Civil Veterinary Department. United Provinces 1923-31 - 1923-1931
Year: 1923
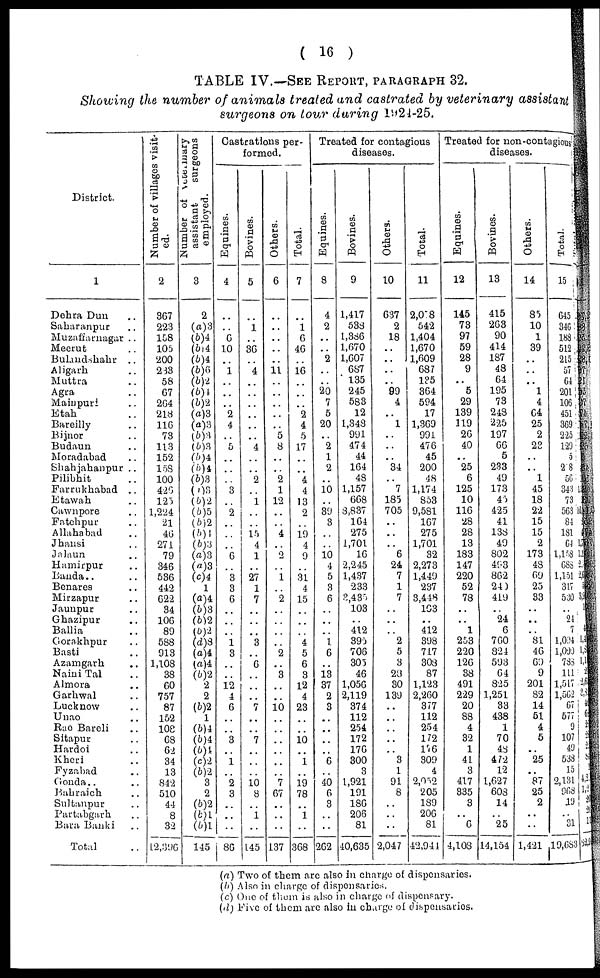
( 16 )
TABLE IV.—SEE REPORT, PARAGRAPH 32.
Showing the number of animals treated and castrated by veterinary assistant
surgeons on tour during 1924-25.
District.
1
Dehra Dun ..
Saharanpur ..
Muzaffarnagar ..
Meerut ..
Bulandshahr ..
Aligarh ..
Muttra ..
Agra
Mainpuri ..
Etah ..
Bareilly ..
Bijnor ..
Budaun ..
Moradabad ..
Shahjahanpur ..
Pilibhit ..
Farrukhabad ..
Etawah ..
Cawnpore ..
Fatehpur ..
Allahabad
Jhansi ..
Jalaun ..
Hamirpur ..
Banda.. ..
Benares ..
Mirzapur ..
Jaunpur ..
Ghazipur ..
Ballia ..
Gorakhpur ..
Basti ..
Azamgarh ..
Naini Tal ..
Almora ..
Garhwal ..
Lucknow ..
Unao ..
Rao Bareli ..
Sitapur ..
Hardoi ..
Kheri ..
Fyzabad ..
Gonda.. ..
Bahraich ..
Sultanpur ..
Partabgarh ..
Bara Banki ..
Total
Number of villages visit-
ed.
2
367
223
158
105
200
233
58
G7
2(34
218
116
73
113
152
15S
100
426
125
1,224
21
46
271
79
346
536
442
622
34
106
89
5S8
913
1,108
38
60
757
87
152
108
68
62
34
13
842
510
44
8
32
12,396
Number of veterinary
assistant
surgeons
employed.
3
2
(a) 3
(b)4
(6)4
(6)4
(b)6
(6)2
(b)4
(6)2
(a)3
(a)3
(b)3
(b)3
(6)4
(6)4
(6)3
(i)3
(6)2
(6)5
(6)2
(b)4
(6)3
(a)3
(a)3
(c)4
1
(a)4
(6)3
(b)2
(b)2
(d)S
(a)4
(a)4
(6)2
2
2
(6)2
1
(6)4
(6)4
(b)4
(c)2
(6)2
3
2
(b)2
(b)1
(6)1
145
Castrations per-
formed.
Equines.
4
..
..
6
10
..
1
..
..
2
4
..
5
..
..
..
3
..
2
..
..
..
6
..
3
3
6
..
..
..
1
3
..
..
12
4
6
..
..
3
..
1
..
2
3
..
..
..
86
Bovines.
5
..
1
..
36
..
4
..
..
..
..
..
..
4
..
..
2
..
1
..
..
15
4
1
..
27
1
7
..
..
..
3
..
6
..
..
..
7
..
..
7
..
..
10
8
..
1
..
L45
Others.
6
..
..
..
..
..
11
..
..
..
..
..
5
8
..
..
2
1
12
..
..
4
..
2
..
1
2
..
..
..
..
2
..
3
..
..
10
..
..
..
..
..
7
67
..
..
..
137
Total.
7
..
1
6
46
..
16
..
..
..
2
4
5
17
..
..
4
4
13
2
..
19
4
9
..
31
4
15
..
..
..
4
5
6
3
12
4
23
..
..
10
..
1
..
19
78
..
1
..
368
Treated for contagious
diseases.
Equines.
8
4
2
..
2
..
..
20
7
5
20
..
2
1
2
..
10
..
39
3
..
..
10 4
5
3
6
..
..
..
1
6
..
13
37
2
3
..
..
..
..
6
..
40
6
3
..
..
262
Bovines.
9
1,417
538
1,386
1,670
1,607
687
135
245
583
12
1,343
991
474
44
164
48
1,157
668
8,837
164
275
1,701
16
2,245
1,437
233
3,435
103
..
412
395
706
305
46
1,056
2,119
374
112
254
172
176
300
3
1,921
191
186
206
81
40,635
Others.
10
637
2
18
..
..
..
..
99
4
.. 1
..
..
34
..
7
185
705
..
..
..
6
24
7
1
7
..
..
..
2
5
3
20
30
139
..
..
..
..
..
3
1
91
8
..
..
..
2,047
Total.
11
2,018
542
1,404
1,670
1,609
687
135
364
594
17
1,369
991
476
45
200
48
1,174
853
9,581
167
275
1,701
32
2,273
1,449
237
3,448
103
..
412
398
717
308
87
1,123
2,260
377
112
254
172
176
309
4
2,052
205
189
206
81
42,941
Treated for non-contagious
diseases.
Equines.
12
145
73
97
59
28
9
..
5
29
139
119
26
40
..
25
6
125
10
116
28
28
13
183
147
220
52
78
..
..
1
253
220
126
38
491
229
20
88
4
32
1
41
3
417
335
3
..
6
4,108
Bovines.
13
415
263
90
414
187
43
64
195
73
243
225
197
66
5
233
49
173
45
425
41
138
49
802
493
862
240
419
..
24
6
760
821
593
64
825
1,251
33
438
1
70
48
472
12
1,627
603
14
..
25
14,154
Others.
14
85
10
1
39
..
..
..
1
4
64
25
2
23
..
..
1
45
18
22
15
15
2
173
48
69
25
33
..
..
..
81
46
69
9
201
82
14
51
4
5
..
25
..
87
25
2
..
..
1,421
Total.
15
645
346
188
512
215
57
64
201
106
451
369
225
129
5
28
56
343
73
563
84
181
64
1,153
688
1,151
317
530
..
21
7
4
1,094 13
1,099 1
788 1
111
1,517 2,6
1,562 2,8
67 4
577 6
9 2
107 2
49 2
538 8
15 1
2,131 4,2
968 1,2
19 20
.. 26
31 11
19,683 52,9
(a) Two of them arc also in charge of dispensaries.
(b) Also in charge of dispensaries.
(c) One of thein is also in charge of dispensary.
(d) Five of them are also in charge of dispensaries.